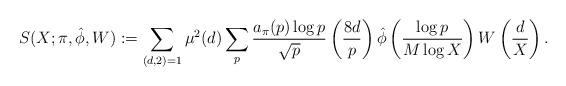
LaTeX: \begin{align*} S(X; \pi, \hat{\phi}, W) := \sum_{(d,2)=1}\mu^2(d)\sum_{p}\frac {a_{\pi}(p)\log p}{\sqrt {p}} \left( \frac{8d}{p} \right) \hat{\phi} \left( \frac {\log p}{M\log X}\right) W \left( \frac {d}{X} \right).\end{align*}